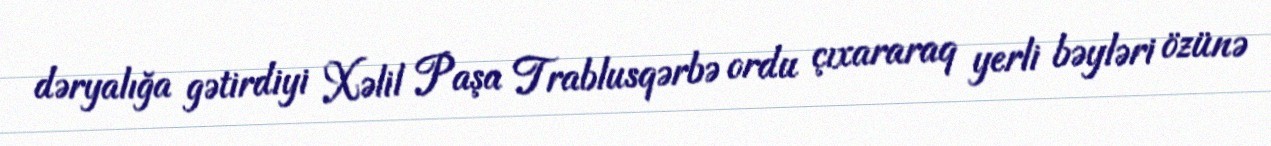
dəryalığa gətirdiyi Xəlil Paşa Trablusqərbə ordu çıxararaq yerli bəyləri özünə